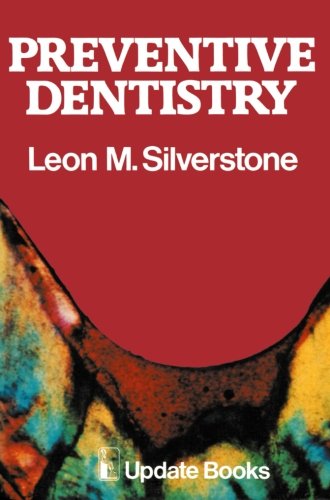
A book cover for Preventive Dentistry; M.L. Silverstone; Medical Books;